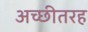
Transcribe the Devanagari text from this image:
अच्छीतरह